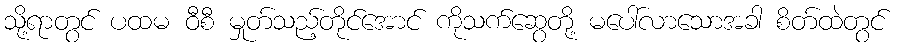
သို့ရာတွင် ပထမ ဝီစီ မှုတ်သည့်တိုင်အောင် ကိုသက်ဆွေတို့ မပေါ်လာသောအခါ စိတ်ထဲတွင်